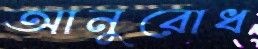
আনুরোধ